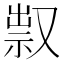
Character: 𠭥